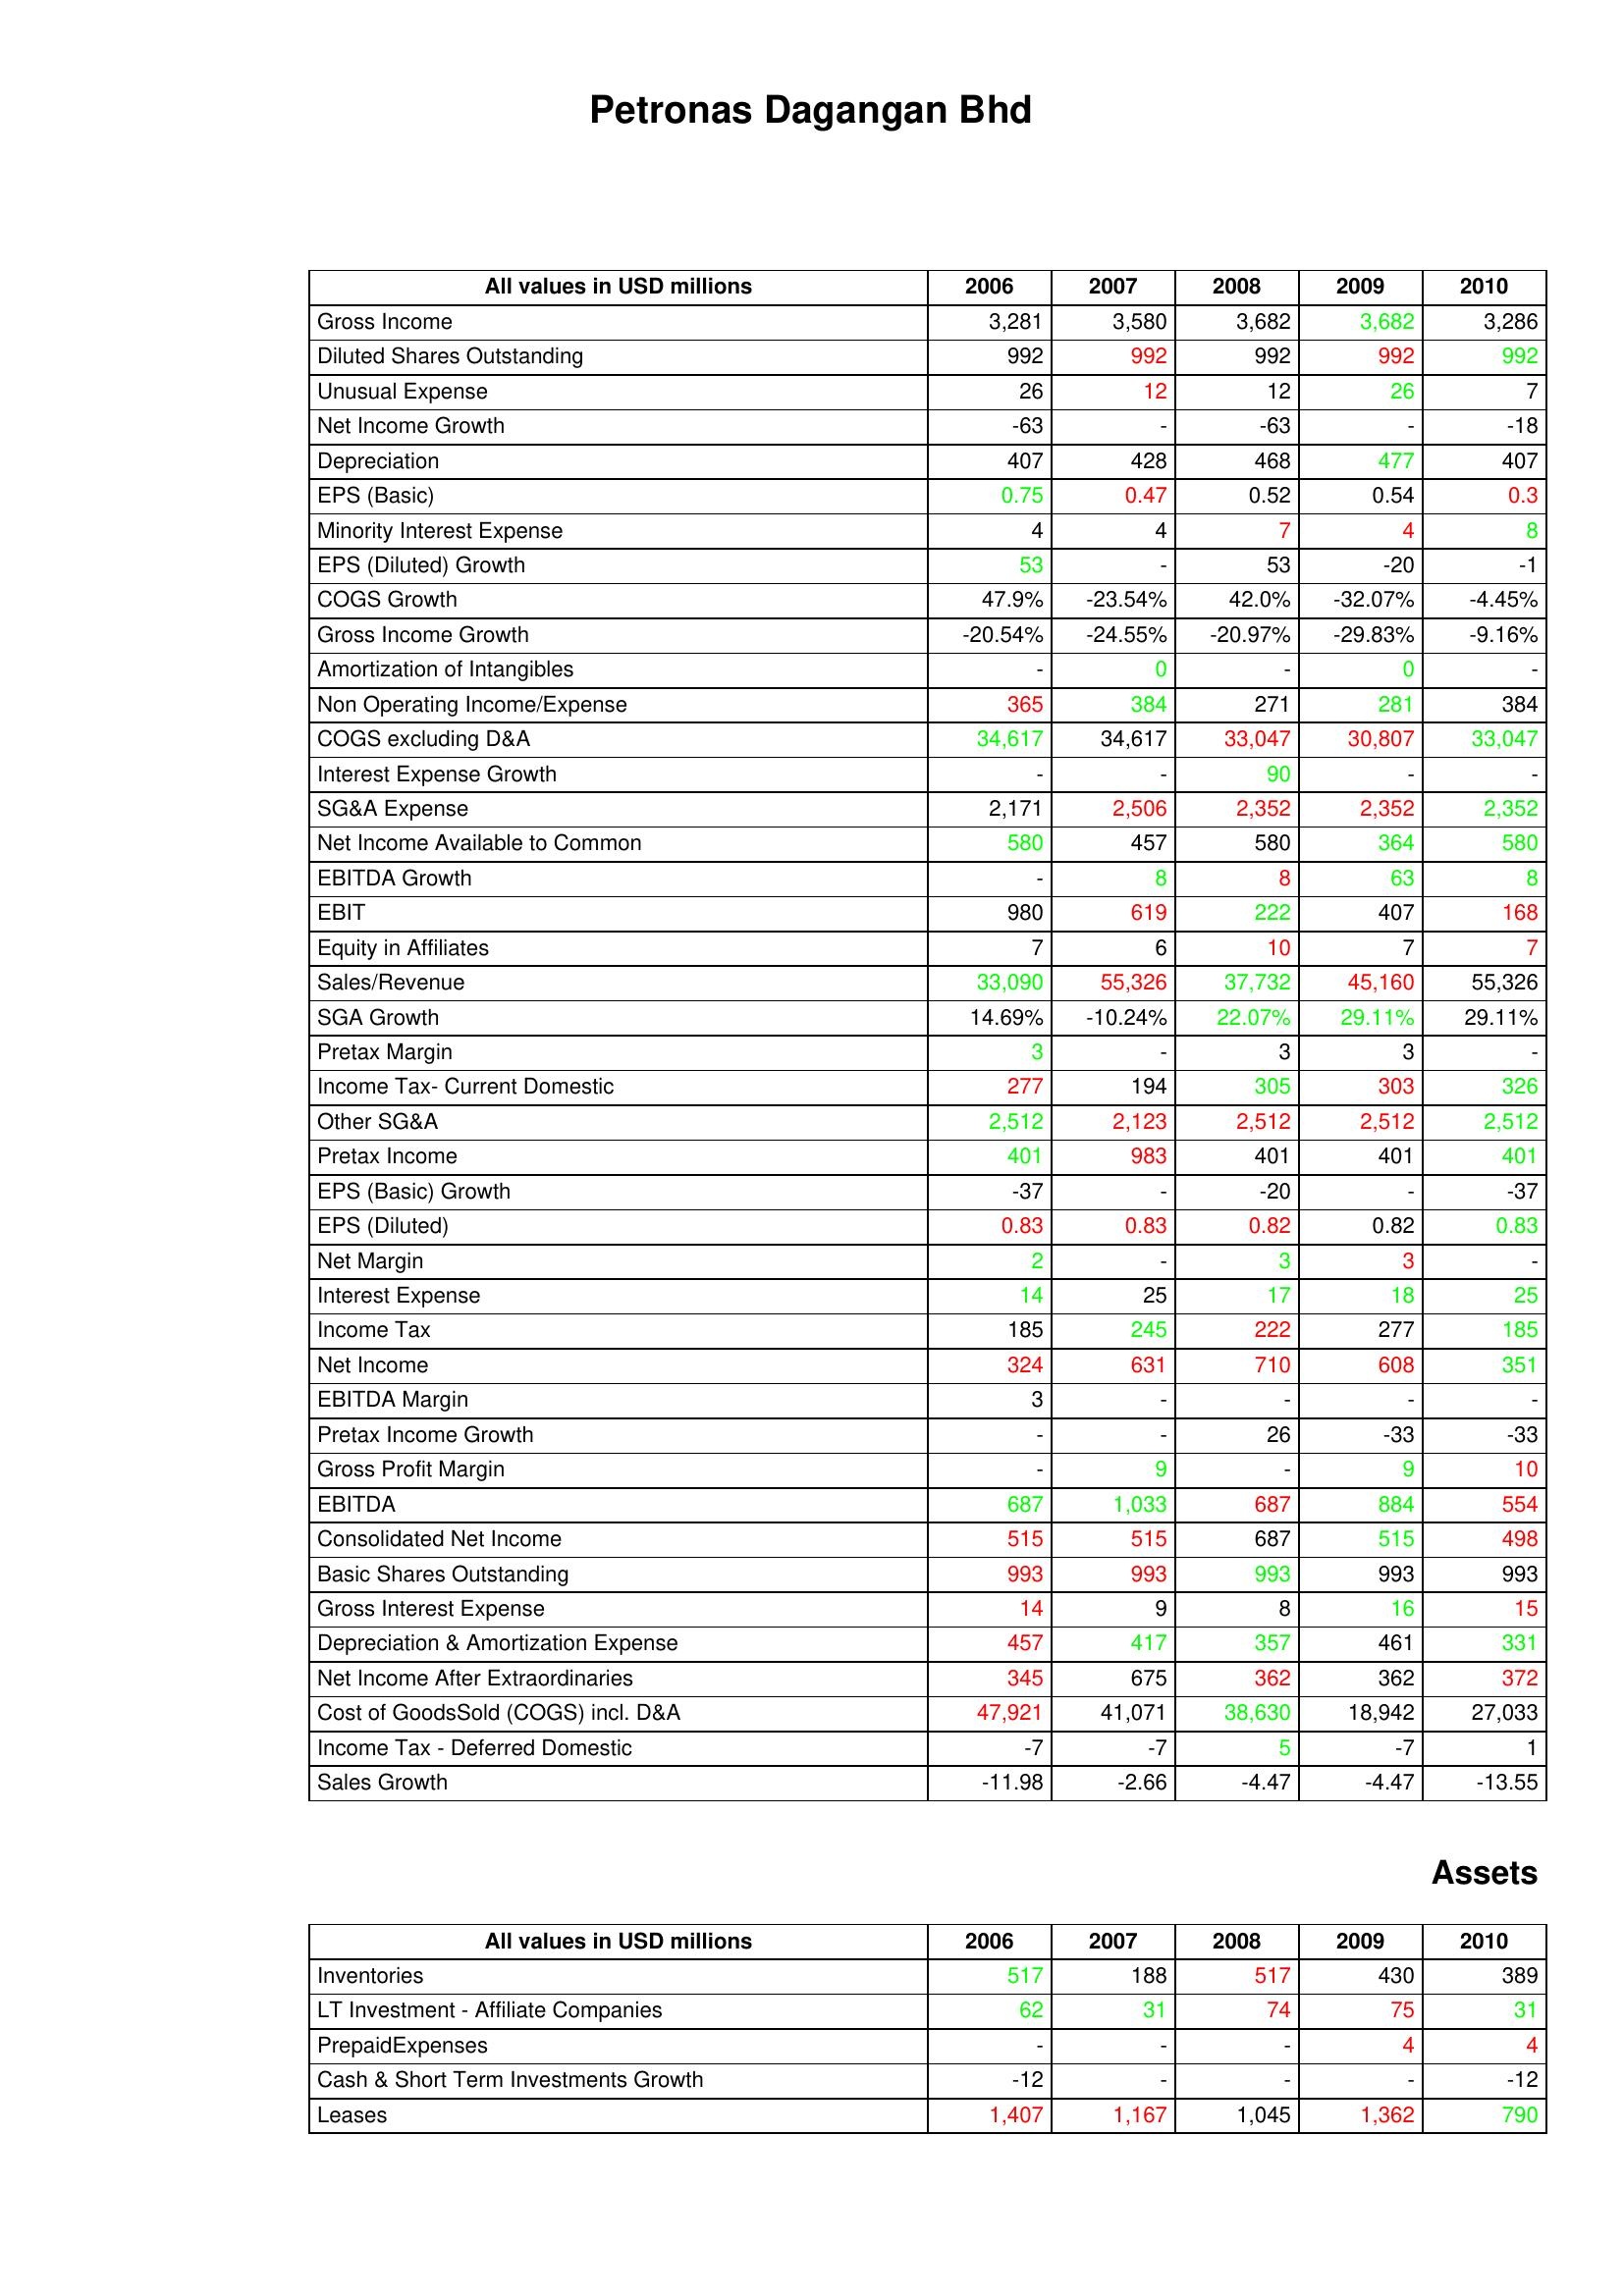
gt_parse: 2006: : Gross Income: 3,281
Diluted Shares Outstanding: 992
Unusual Expense: 26
Net Income Growth: -63
Depreciation: 407
EPS (Basic): 0.75
Minority Interest Expense: 4
EPS (Diluted) Growth: 53
COGS Growth: 47.9%
Gross Income Growth: -20.54%
Amortization of Intangibles: -
Non Operating Income/Expense: 365
COGS excluding D&A: 34,617
Interest Expense Growth: -
SG&A Expense: 2,171
Net Income Available to Common: 580
EBITDA Growth: -
EBIT: 980
Equity in Affiliates: 7
Sales/Revenue: 33,090
SGA Growth: 14.69%
Pretax Margin: 3
Income Tax- Current Domestic: 277
Other SG&A: 2,512
Pretax Income: 401
EPS (Basic) Growth: -37
EPS (Diluted): 0.83
Net Margin: 2
Interest Expense: 14
Income Tax: 185
Net Income: 324
EBITDA Margin: 3
Pretax Income Growth: -
Gross Profit Margin: -
EBITDA: 687
Consolidated Net Income: 515
Basic Shares Outstanding: 993
Gross Interest Expense: 14
Depreciation & Amortization Expense: 457
Net Income After Extraordinaries: 345
Cost of GoodsSold (COGS) incl. D&A: 47,921
Income Tax - Deferred Domestic: -7
Sales Growth: -11.98
Assets: Inventories: 517
LT Investment - Affiliate Companies: 62
PrepaidExpenses: -
Cash & Short Term Investments Growth: -12
Leases: 1,407
2007: : Gross Income: 3,580
Diluted Shares Outstanding: 992
Unusual Expense: 12
Net Income Growth: -
Depreciation: 428
EPS (Basic): 0.47
Minority Interest Expense: 4
EPS (Diluted) Growth: -
COGS Growth: -23.54%
Gross Income Growth: -24.55%
Amortization of Intangibles: 0
Non Operating Income/Expense: 384
COGS excluding D&A: 34,617
Interest Expense Growth: -
SG&A Expense: 2,506
Net Income Available to Common: 457
EBITDA Growth: 8
EBIT: 619
Equity in Affiliates: 6
Sales/Revenue: 55,326
SGA Growth: -10.24%
Pretax Margin: -
Income Tax- Current Domestic: 194
Other SG&A: 2,123
Pretax Income: 983
EPS (Basic) Growth: -
EPS (Diluted): 0.83
Net Margin: -
Interest Expense: 25
Income Tax: 245
Net Income: 631
EBITDA Margin: -
Pretax Income Growth: -
Gross Profit Margin: 9
EBITDA: 1,033
Consolidated Net Income: 515
Basic Shares Outstanding: 993
Gross Interest Expense: 9
Depreciation & Amortization Expense: 417
Net Income After Extraordinaries: 675
Cost of GoodsSold (COGS) incl. D&A: 41,071
Income Tax - Deferred Domestic: -7
Sales Growth: -2.66
Assets: Inventories: 188
LT Investment - Affiliate Companies: 31
PrepaidExpenses: -
Cash & Short Term Investments Growth: -
Leases: 1,167
2008: : Gross Income: 3,682
Diluted Shares Outstanding: 992
Unusual Expense: 12
Net Income Growth: -63
Depreciation: 468
EPS (Basic): 0.52
Minority Interest Expense: 7
EPS (Diluted) Growth: 53
COGS Growth: 42.0%
Gross Income Growth: -20.97%
Amortization of Intangibles: -
Non Operating Income/Expense: 271
COGS excluding D&A: 33,047
Interest Expense Growth: 90
SG&A Expense: 2,352
Net Income Available to Common: 580
EBITDA Growth: 8
EBIT: 222
Equity in Affiliates: 10
Sales/Revenue: 37,732
SGA Growth: 22.07%
Pretax Margin: 3
Income Tax- Current Domestic: 305
Other SG&A: 2,512
Pretax Income: 401
EPS (Basic) Growth: -20
EPS (Diluted): 0.82
Net Margin: 3
Interest Expense: 17
Income Tax: 222
Net Income: 710
EBITDA Margin: -
Pretax Income Growth: 26
Gross Profit Margin: -
EBITDA: 687
Consolidated Net Income: 687
Basic Shares Outstanding: 993
Gross Interest Expense: 8
Depreciation & Amortization Expense: 357
Net Income After Extraordinaries: 362
Cost of GoodsSold (COGS) incl. D&A: 38,630
Income Tax - Deferred Domestic: 5
Sales Growth: -4.47
Assets: Inventories: 517
LT Investment - Affiliate Companies: 74
PrepaidExpenses: -
Cash & Short Term Investments Growth: -
Leases: 1,045
2009: : Gross Income: 3,682
Diluted Shares Outstanding: 992
Unusual Expense: 26
Net Income Growth: -
Depreciation: 477
EPS (Basic): 0.54
Minority Interest Expense: 4
EPS (Diluted) Growth: -20
COGS Growth: -32.07%
Gross Income Growth: -29.83%
Amortization of Intangibles: 0
Non Operating Income/Expense: 281
COGS excluding D&A: 30,807
Interest Expense Growth: -
SG&A Expense: 2,352
Net Income Available to Common: 364
EBITDA Growth: 63
EBIT: 407
Equity in Affiliates: 7
Sales/Revenue: 45,160
SGA Growth: 29.11%
Pretax Margin: 3
Income Tax- Current Domestic: 303
Other SG&A: 2,512
Pretax Income: 401
EPS (Basic) Growth: -
EPS (Diluted): 0.82
Net Margin: 3
Interest Expense: 18
Income Tax: 277
Net Income: 608
EBITDA Margin: -
Pretax Income Growth: -33
Gross Profit Margin: 9
EBITDA: 884
Consolidated Net Income: 515
Basic Shares Outstanding: 993
Gross Interest Expense: 16
Depreciation & Amortization Expense: 461
Net Income After Extraordinaries: 362
Cost of GoodsSold (COGS) incl. D&A: 18,942
Income Tax - Deferred Domestic: -7
Sales Growth: -4.47
Assets: Inventories: 430
LT Investment - Affiliate Companies: 75
PrepaidExpenses: 4
Cash & Short Term Investments Growth: -
Leases: 1,362
2010: : Gross Income: 3,286
Diluted Shares Outstanding: 992
Unusual Expense: 7
Net Income Growth: -18
Depreciation: 407
EPS (Basic): 0.3
Minority Interest Expense: 8
EPS (Diluted) Growth: -1
COGS Growth: -4.45%
Gross Income Growth: -9.16%
Amortization of Intangibles: -
Non Operating Income/Expense: 384
COGS excluding D&A: 33,047
Interest Expense Growth: -
SG&A Expense: 2,352
Net Income Available to Common: 580
EBITDA Growth: 8
EBIT: 168
Equity in Affiliates: 7
Sales/Revenue: 55,326
SGA Growth: 29.11%
Pretax Margin: -
Income Tax- Current Domestic: 326
Other SG&A: 2,512
Pretax Income: 401
EPS (Basic) Growth: -37
EPS (Diluted): 0.83
Net Margin: -
Interest Expense: 25
Income Tax: 185
Net Income: 351
EBITDA Margin: -
Pretax Income Growth: -33
Gross Profit Margin: 10
EBITDA: 554
Consolidated Net Income: 498
Basic Shares Outstanding: 993
Gross Interest Expense: 15
Depreciation & Amortization Expense: 331
Net Income After Extraordinaries: 372
Cost of GoodsSold (COGS) incl. D&A: 27,033
Income Tax - Deferred Domestic: 1
Sales Growth: -13.55
Assets: Inventories: 389
LT Investment - Affiliate Companies: 31
PrepaidExpenses: 4
Cash & Short Term Investments Growth: -12
Leases: 790